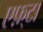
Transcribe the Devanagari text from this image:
एफ़्टा